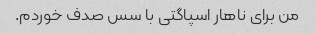
من برای ناهار اسپاگتی با سس صدف خوردم.